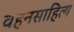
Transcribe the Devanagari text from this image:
वहनसाहित्य